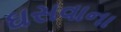
ઘસવાના